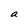
Character: a